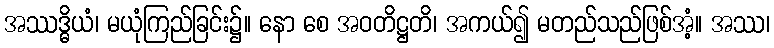
အဿဒ္ဓိယံ၊ မယုံကြည်ခြင်း၌။ နော စေ အဝတိဋ္ဌတိ၊ အကယ်၍ မတည်သည်ဖြစ်အံ့။ အဿ၊